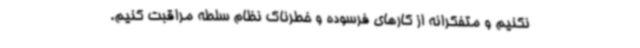
نکنیم و متفکرانه از کارهای فرسوده و خطرناک نظام سلطه مراقبت کنیم.